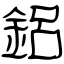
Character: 鋁